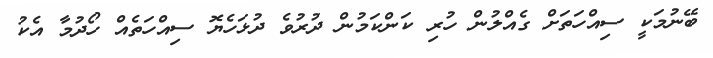
ބޭނުމަކީ ސިއްހަތަށް ގެއްލުން ހުރި ކަންކަމުން ދުރުވެ ދުޅަހެޔޮ ސިއްހަތެއް ހޯދުމާ އެކު